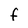
Character: f